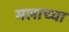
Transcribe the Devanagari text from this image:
मलाच्या